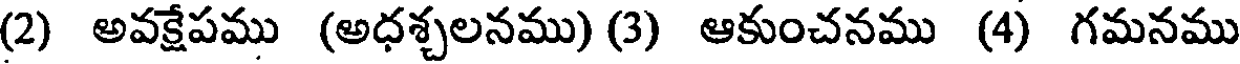
(2) అవక్షేపము (అధశ్చలనము) (3) ఆకుంచనము (4) గమనము